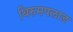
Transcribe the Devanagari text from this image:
थिरुमपलाड